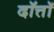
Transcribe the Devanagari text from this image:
दॉत्तॉ